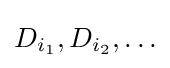
D_{i_{1}},D_{i_{2}},\ldots